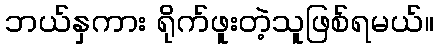
ဘယ်နှကား ရိုက်ဖူးတဲ့သူဖြစ်ရမယ်။